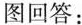
图回答：